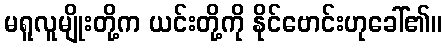
မရူလူမျိုးတို့က ယင်းတို့ကို နိုင်ဗောင်းဟုခေါ်၏။